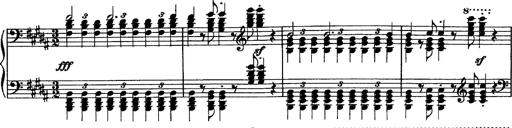
Title: Piano Sonata
Composer: Karl HÃ¤ssler
Key: C major